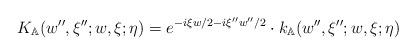
LaTeX: \begin{align*}K_{\mathbb{A}}(w'',\xi'';w,\xi;\eta)= e^{-i\xi w/2-i\xi'' w''/2}\cdot k_{\mathbb{A}}(w'',\xi'';w,\xi;\eta) \end{align*}